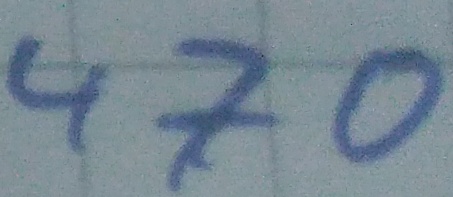
Text: 470